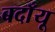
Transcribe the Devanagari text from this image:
बदाँयू